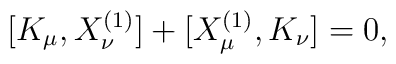
[K_\mu,X_{\nu}^{(1)}]+[X_{\mu}^{(1)},K_\nu]=0,